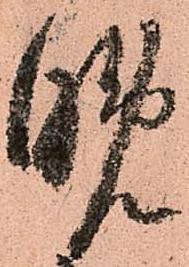
晩